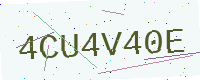
Text: 4CU4V40E